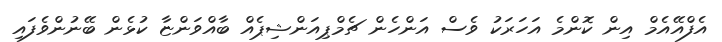
އެފްއޭއެމް އިން ކޮންމެ އަހަރަކު ވެސް އަންހެން ޗެމްޕިއަންޝިޕެއް ބާއްވަންޏާ ކުޅެން ބޭނުންވެފައި